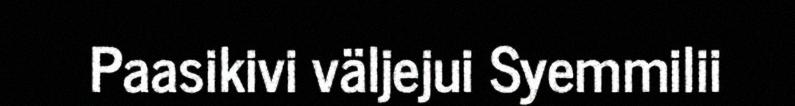
Paasikivi väljejui Syemmilii